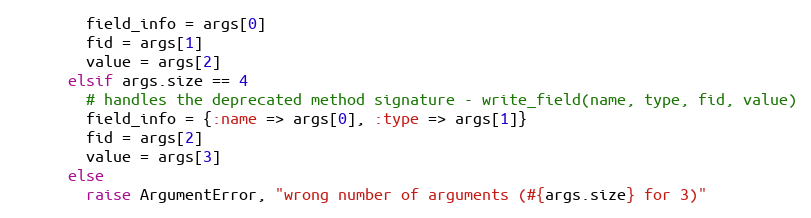
Language: Ruby
        field_info = args[0]
        fid = args[1]
        value = args[2]
      elsif args.size == 4
        # handles the deprecated method signature - write_field(name, type, fid, value)
        field_info = {:name => args[0], :type => args[1]}
        fid = args[2]
        value = args[3]
      else
        raise ArgumentError, "wrong number of arguments (#{args.size} for 3)"